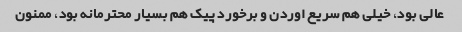
عالی بود، خیلی هم سریع اوردن و برخورد پیک هم بسیار محترمانه بود، ممنون